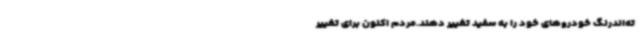
ته‌اندرنگ خودروهای خود را به سفید تغییر دهند.مردم اکنون برای تغییر